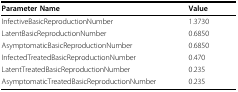
| Parameter Name | Value |
 | --- | --- |
 | InfectiveBasicReproductionNumber | 1.3730 |
 | LatentBasicReproductionNumber | 0.6850 |
 | AsymptomaticBasicReproductionNumber | 0.6850 |
 | InfectedTreatedBasicReproductionNumber | 0.470 |
 | LatentTreatedBasicReproductionNumber | 0.235 |
 | AsymptomaticTreatedBasicReproductionNumber | 0.235 |